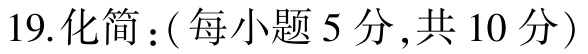
19.化简：（每小题5分，共10分）